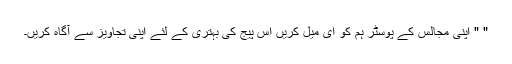
" " اپنی مجالس کے پوسٹر ہم کو ای میل کریں اس پیج کی بہتری کے لئے اپنی تجاویز سے آگاہ کریں۔